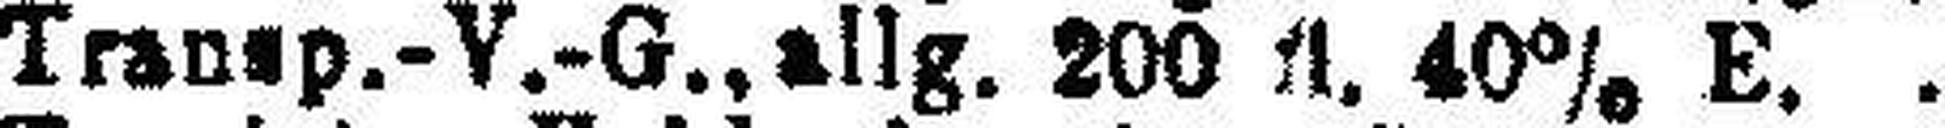
Transp.-V.-G., allg. 200 fl. 40% E.